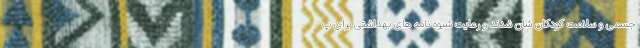
جسمی و سلامت کودکان شان شدند و رعایت شیوه نامه های بهداشتی برای پ